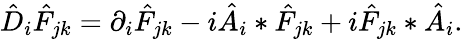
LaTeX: \hat{D}_{i}\hat{F}_{jk}=\partial_{i}\hat{F}_{jk}-i\hat{A}_{i}\ast\hat{F}_{jk}+i\hat{F}_{jk}\ast\hat{A}_{i}.